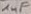
Text: 1µF